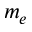
m _ { e }